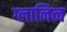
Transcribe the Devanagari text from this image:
ग्लानित्व